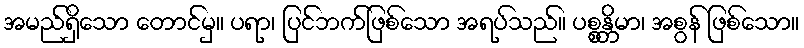
အမည်ရှိသော တောင်မှ။ ပရာ၊ ပြင်ဘက်ဖြစ်သော အရပ်သည်။ ပစ္စန္တိမာ၊ အစွန် ဖြစ်သော။